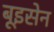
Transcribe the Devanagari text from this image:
बूइसेन